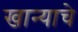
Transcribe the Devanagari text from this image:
खान्याचे